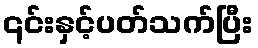
၎င်းနှင့်ပတ်သက်ပြီး